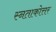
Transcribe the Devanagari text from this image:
स्नताकोत्तर